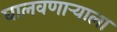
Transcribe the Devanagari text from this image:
घालवणाऱ्याला